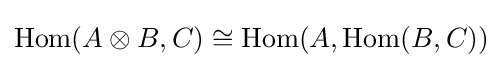
{\text{Hom}}(A\otimes B,C)\cong {\text{Hom}}(A,{\text{Hom}}(B,C))